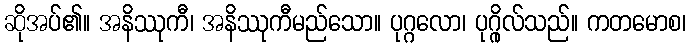
ဆိုအပ်၏။ အနိဿုကီ၊ အနိဿုကီမည်သော။ ပုဂ္ဂလော၊ ပုဂ္ဂိုလ်သည်။ ကတမောစ၊